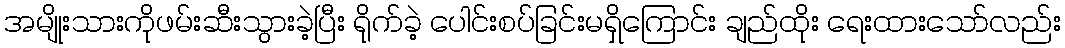
အမျိုးသားကိုဖမ်းဆီးသွားခဲ့ပြီး ရိုက်ခဲ့ ပေါင်းစပ်ခြင်းမရှိကြောင်း ချည်ထိုး ရေးထားသော်လည်း